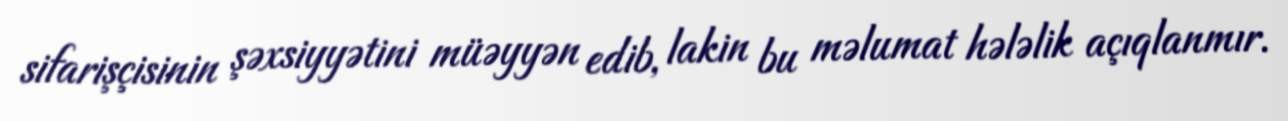
sifarişçisinin şəxsiyyətini müəyyən edib, lakin bu məlumat hələlik açıqlanmır.